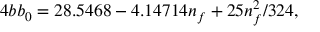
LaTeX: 4 b b _ { 0 } = 2 8 . 5 4 6 8 - 4 . 1 4 7 1 4 n _ { f } + 2 5 n _ { f } ^ { 2 } / 3 2 4 ,